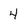
Character: 4